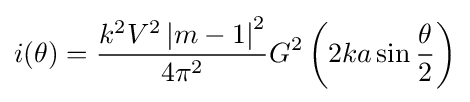
i(\theta )={\frac {k^{2}V^{2}\left|{m-1}\right|^{2}}{4\pi ^{2}}}G^{2}\left({2ka\sin {\frac {\theta }{2}}}\right)